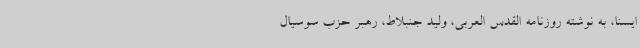
ایسنا، به نوشته روزنامه القدس العربی، ولید جنبلاط، رهبر حزب سوسیال